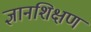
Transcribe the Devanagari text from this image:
ज्ञानशिक्षण